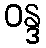
ဝန္ဒ